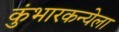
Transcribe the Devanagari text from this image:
कुंभारकन्येला